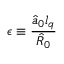
\epsilon \equiv \frac { \hat { a } _ { 0 } l _ { q } } { \hat { R } _ { 0 } }